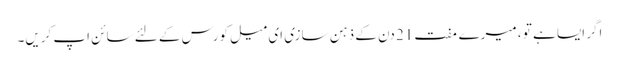
اگر ایسا ہے تو ، میرے مفت 21 دن کے ذہن سازی ای میل کورس کے لئے سائن اپ کریں۔